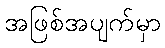
အဖြစ်အပျက်မှာ